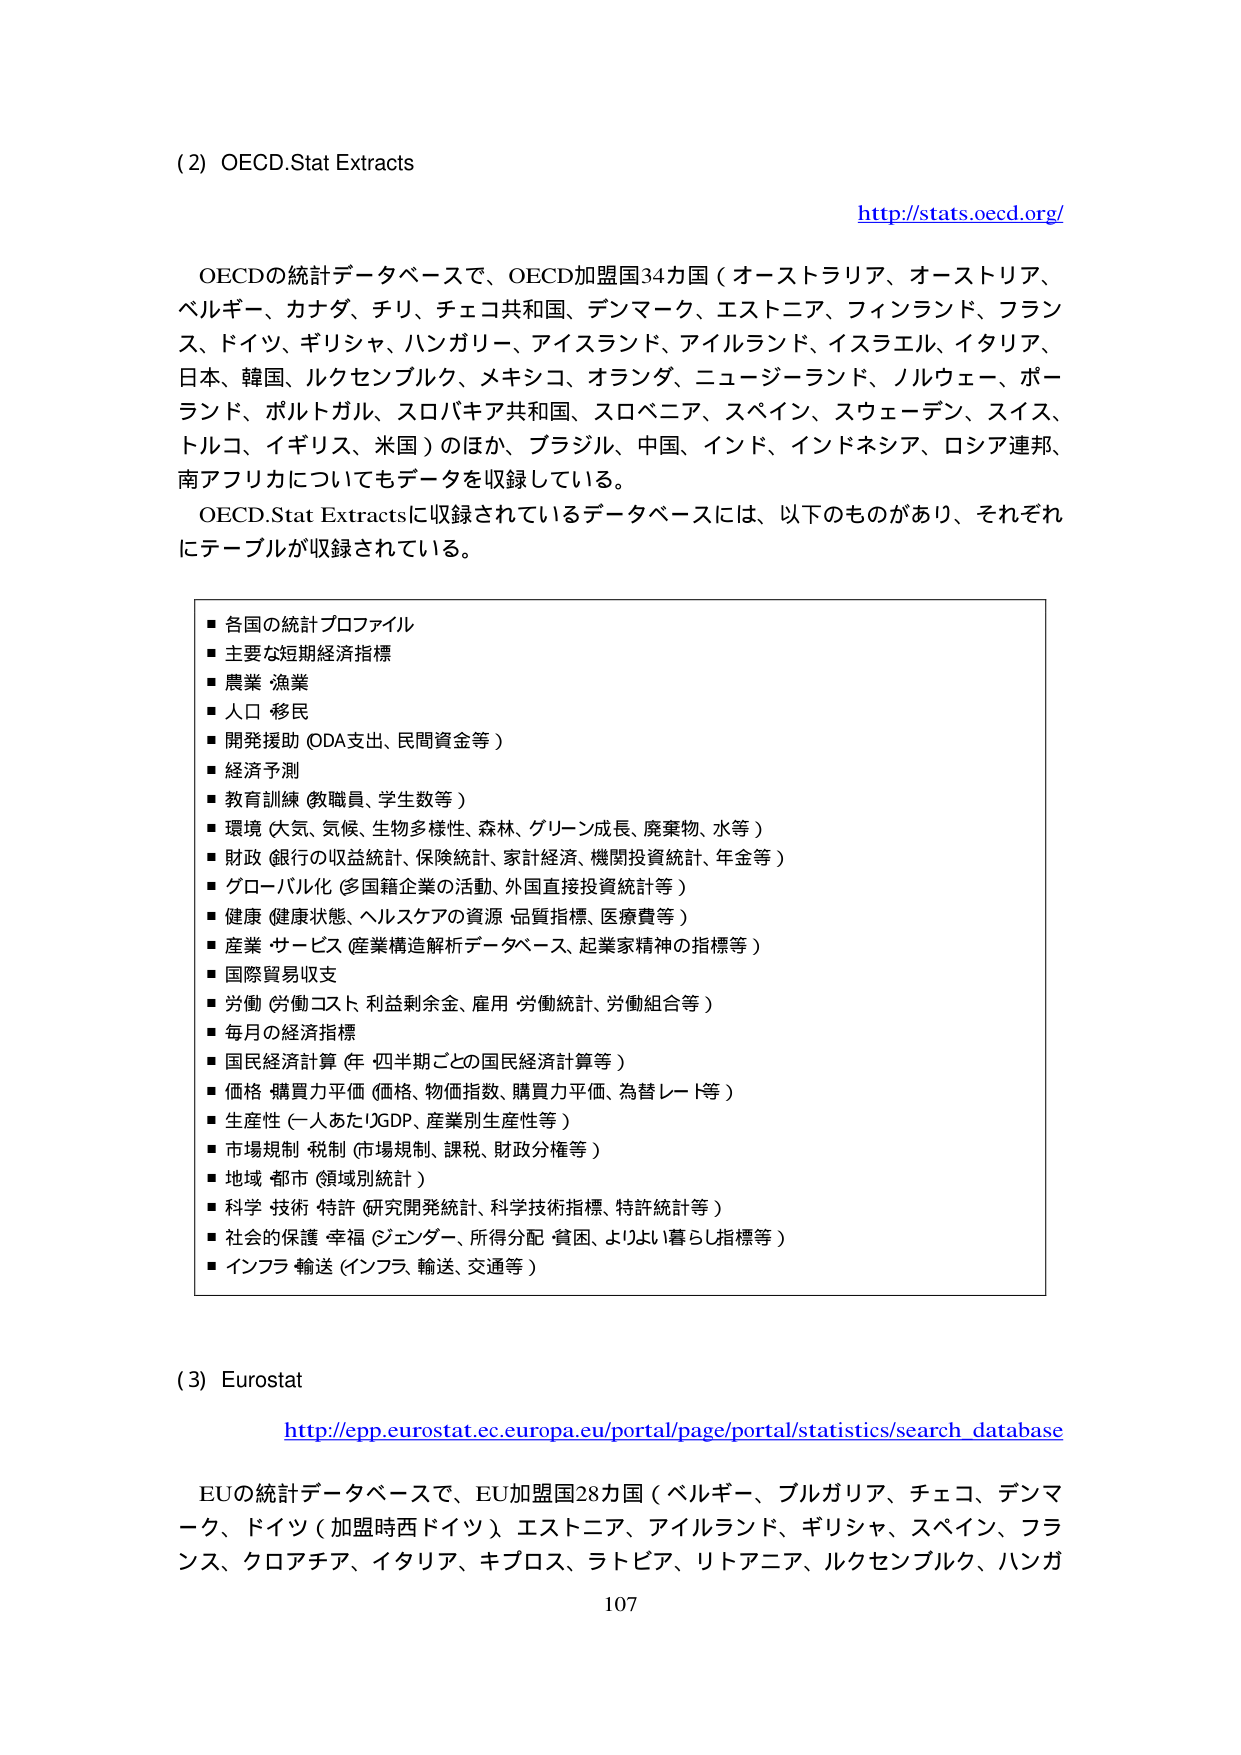
(2) OECD.Stat Extracts

http://stats.oecd.org/

OECDの統計データベースで、OECD加盟国34カ国（オーストラリア、オーストリア、
ベルギー、カナダ、チリ、チェコ共和国、デンマーク、エストニア、フィンランド、フランス、
ドイツ、ギリシャ、ハンガリー、アイスランド、アイルランド、イスラエル、イタリア、
日本、韓国、ルクセンブルク、メキシコ、オランダ、ニュージーランド、ノルウェー、ポーランド、
ポルトガル、スロバキア共和国、スロベニア、スペイン、スウェーデン、スイス、
トルコ、イギリス、米国）のほか、ブラジル、中国、インド、インドネシア、ロシア連邦、
南アフリカについてもデータを収録している。

OECD.Stat Extractsに収録されているデータベースには、以下のものがあり、それぞれ
にテーブルが収録されている。

■ 各国の統計プロファイル
■ 主要な短期経済指標
■ 農業 漁業
■ 人口 移民
■ 開発援助（ODA支出、民間資金等）
■ 経済予測
■ 教育訓練（教職員、学生数等）
■ 環境（大気、気候、生物多様性、森林、グリーン成長、廃棄物、水等）
■ 財政（銀行の収益統計、保険統計、家計経済、機関投資統計、年金等）
■ グローバル化（多国籍企業の活動、外国直接投資統計等）
■ 健康（健康状態、ヘルスケアの資源・品質指標、医療費等）
■ 産業・サービス（産業構造解析データベース、起業家精神の指標等）
■ 国際貿易収支
■ 労働（労働コスト、利益剰余金、雇用・労働統計、労働組合等）
■ 毎月の経済指標
■ 国民経済計算（年・四半期ごとの国民経済計算等）
■ 価格・購買力平価（価格、物価指数、購買力平価、為替レート等）
■ 生産性（一人あたりGDP、産業別生産性等）
■ 市場規制・税制（市場規制、課税、財政分権等）
■ 地域・都市（領域別統計）
■ 科学・技術・特許（研究開発統計、科学技術指標、特許統計等）
■ 社会的保護・幸福（ジェンダー、所得分配・貧困、よりよい暮らし指標等）
■ インフラ・輸送（インフラ、輸送、交通等）

(3) Eurostat

http://epp.eurostat.ec.europa.eu/portal/page/portal/statistics/search_database

EUの統計データベースで、EU加盟国28カ国（ベルギー、ブルガリア、チェコ、デンマーク、ドイツ（加盟時西ドイツ）、エストニア、アイルランド、ギリシャ、スペイン、フランス、クロアチア、イタリア、キプロス、ラトビア、リトアニア、ルクセンブルク、ハンガ

107